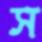
স